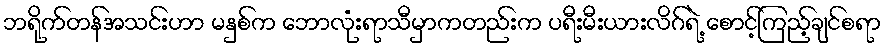
ဘရိုက်တန်အသင်းဟာ မနှစ်က ဘောလုံးရာသီမှာကတည်းက ပရီးမီးယားလိဂ်ရဲ့ စောင့်ကြည့်ချင်စရာ